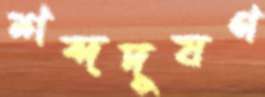
শব্দদূষণ